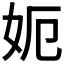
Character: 𡛖